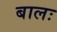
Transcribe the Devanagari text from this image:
बालः